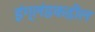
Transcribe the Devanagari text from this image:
इंग्लंडकडील